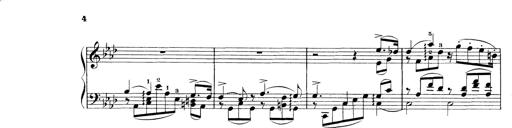
Title: 3 Ã‰tudes de concert
Composer: Franz Liszt